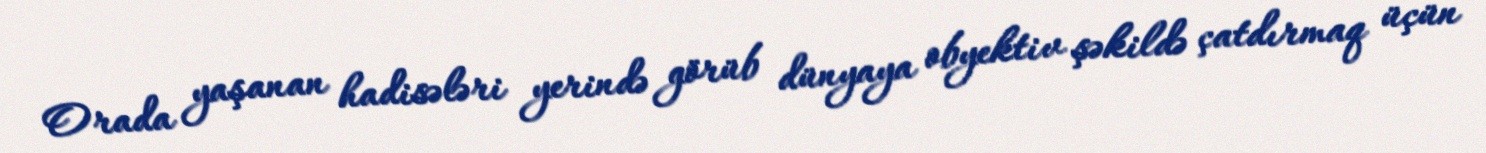
Orada yaşanan hadisələri yerində görüb dünyaya obyektiv şəkildə çatdırmaq üçün